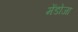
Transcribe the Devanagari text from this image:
मेंडोजा